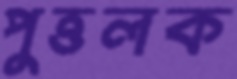
পুত্তলক